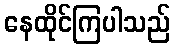
နေထိုင်ကြပါသည်